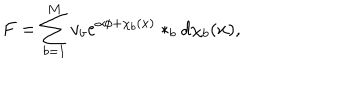
F = \sum _ { b = 1 } ^ { M } v _ { b } e ^ { \alpha \phi + \chi _ { b } ( x ) } \ast _ { b } d \chi _ { b } ( x ) ,